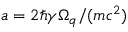
a = 2 \hbar \gamma \Omega _ { q } / ( m c ^ { 2 } )